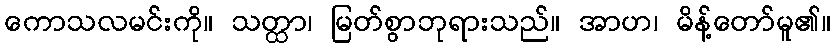
ကောသလမင်းကို။ သတ္ထာ၊ မြတ်စွာဘုရားသည်။ အာဟ၊ မိန့်တော်မူ၏။